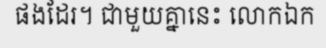
ផងដែរ។ ជាមួយគ្នានេះ លោកឯក